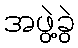
အဖွဲ့ခွဲ